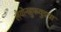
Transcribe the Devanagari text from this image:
लैयोनहुफवुडचा